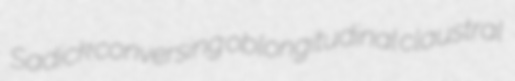
Sadick conversing oblongitudinal claustral